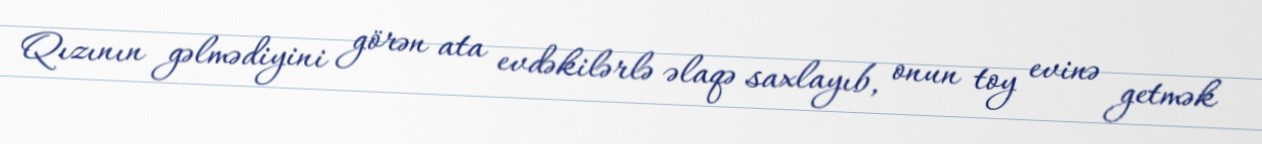
Qızının gəlmədiyini görən ata evdəkilərlə əlaqə saxlayıb, onun toy evinə getmək